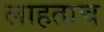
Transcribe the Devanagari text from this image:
लाहताच